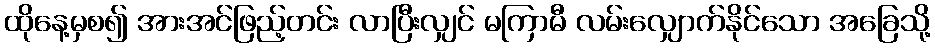
ထိုနေ့မှစ၍ အားအင်ဖြည့်တင်း လာပြီးလျှင် မကြာမီ လမ်းလျှောက်နိုင်သော အခြေသို့